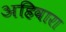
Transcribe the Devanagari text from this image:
अहिवारा